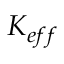
K _ { e f f }